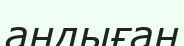
аңдыған